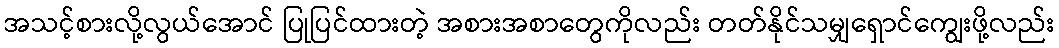
အသင့်စားလို့လွယ်အောင် ပြုပြင်ထားတဲ့ အစားအစာတွေကိုလည်း တတ်နိုင်သမျှရှောင်ကျွေးဖို့လည်း